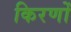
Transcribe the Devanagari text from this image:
किरणोँ